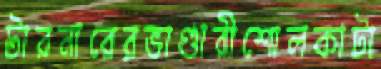
টারনারেরভাণ্ডারীশোলকাটা